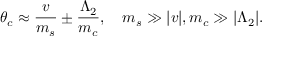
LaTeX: \theta _ { c } \approx \frac { v } { m _ { s } } \pm \frac { \Lambda _ { 2 } } { m _ { c } } , \quad m _ { s } \gg \vert v \vert , m _ { c } \gg \vert \Lambda _ { 2 } \vert .